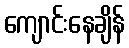
ကျောင်းနေချိန်